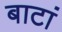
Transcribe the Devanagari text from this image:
बाटां